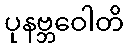
ပုနဗ္ဘဝေါတိ